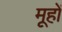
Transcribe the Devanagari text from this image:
मूहों